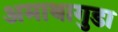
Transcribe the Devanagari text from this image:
अमाथागुडा